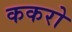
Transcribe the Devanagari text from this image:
ककरो